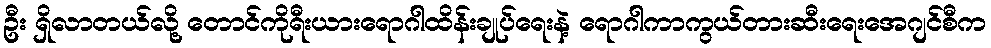
ဦး ရှိလာတယ်လို့ တောင်ကိုရီးယားရောဂါထိန်းချုပ်ရေးနဲ့ ရောဂါကာကွယ်တားဆီးရေးအေဂျင်စီက